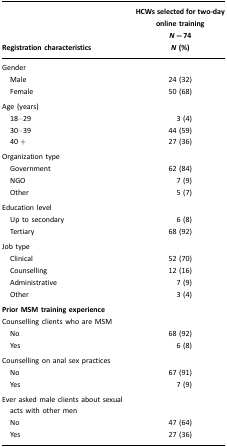
| Registration characteristics | HCWs selected for two-day online trainingN=74N (%) |
 | --- | --- |
 | Gender |  |
 | Men | 24 (32) |
 | Female | 50 (68) |
 | Age (years) |  |
 | 18–29 | 3 (4) |
 | 30–39 | 44 (59) |
 | 40 + | 27 (36) |
 | Organization type |  |
 | Government | 62 (84) |
 | NGO | 7 (9) |
 | Other | 5 (7) |
 | Education level |  |
 | Up to secondary | 6 (8) |
 | Tertiary | 68 (92) |
 | Job type |  |
 | Clinical | 52 (70) |
 | Counselling | 12 (16) |
 | Administrative | 7 (9) |
 | Other | 3 (4) |
 | Prior MSM training experience |  |
 | Counselling clients who are MSM |  |
 | No | 68 (92) |
 | Yes | 6 (8) |
 | Counselling on anal sex practices |  |
 | No | 67 (91) |
 | Yes | 7 (9) |
 | Ever asked male clients about sexual acts with other men |  |
 | No | 47 (64) |
 | Yes | 27 (36) |